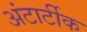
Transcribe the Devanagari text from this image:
अंटार्टीक